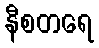
နီစတရေ